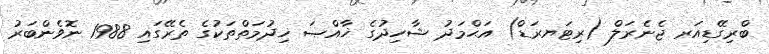
ބްރިގޭޑިއަރ ޖެނެރަލް (ރިޓަޔރަޑް) އަޙްމަދު ޝާހިދުގެ ޚާއްޞަ ޚިދުމަތްތަކުގެ ތެރޭގައި 1988 ނޮވެންބަރު